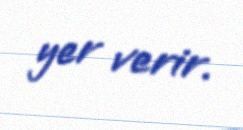
yer verir.